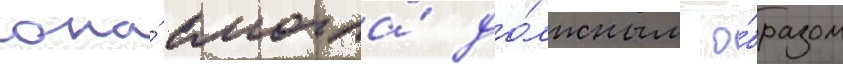
она́ смогла́ до́лжным о́бразом